Lunatic asylums Central Provinces reports 1886-1894 - 1886-1894
Year: 1886
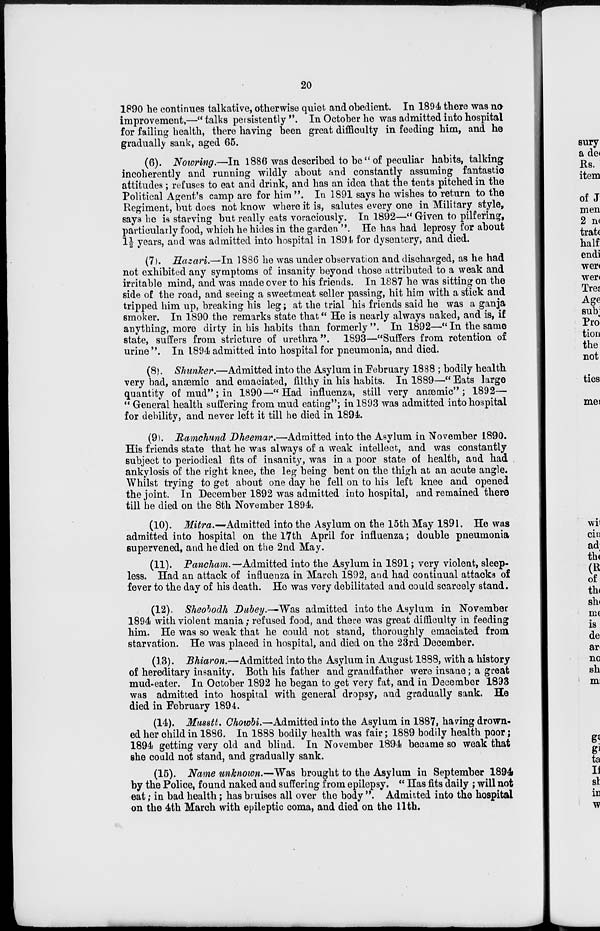
20
1890 he continues talkative, otherwise quiet and obedient. In 1894 there was no
improvement,—" talks persistently ". In October he was admitted into hospital
for failing health, there having been great difficulty in feeding him, and he
gradually sank, aged 65.
(6). Nowring.—In 1886 was described to be" of peculiar habits, talking
incoherently and running wildly about and constantly assuming fantastic
attitudes; refuses to eat and drink, and has an idea that the tents pitched in the
Political Agent's camp are for him ". In 1891 says he wishes to return to the
Regiment, but does not know where it is, salutes every one in Military style,
says he is starving but really eats voraciously. In 1892—" Given to pilfering,
particularly food, which he hides in the garden ". He has had leprosy for about
1½ years, and was admitted into hospital in 1894 for dysentery, and died.
(7). Hazari.—In 1886 he was under observation and discharged, as he had
not exhibited any symptoms of insanity beyond those attributed to a weak and
irritable mind, and was made over to his friends. In 1887 he was sitting on the
side of the road, and seeing a sweetmeat seller passing, hit him with a stick and
tripped him up, breaking his leg; at the trial his friends said he was a ganja
smoker. In 1890 the remarks state that" He is nearly always naked, and is, if
anything, more dirty in his habits than formerly". In 1892—"In the same
state, suffers from stricture of urethra ". 1893—"Suffers from retention of
urine ". In 1894 admitted into hospital for pneumonia, and died.
(8). Shunker.—Admitted into the Asylum in February 1888 ; bodily health
very bad, anæmic and emaciated, filthy in his habits. In 1889—"Eats large
quantity of mud"; in 1890—"Had influenza, still very anæmic"; 1892—
" General health suffering from mud eating"; in 1893 was admitted into hospital
for debility, and never left it till he died in 1894.
(9). Ramchund Dheemar.—Admitted into the Asylum in November 1890.
His friends state that he was always of a weak intellect, and was constantly
subject to periodical fits of insanity, was in a poor state of health, and had
ankylosis of the right knee, the leg being bent on the thigh at an acute angle.
Whilst trying to get about one day he fell on to his left knee and opened
the joint. In December 1892 was admitted into hospital, and remained there
till he died on the 8th November 1894.
(10). Mitra.—Admitted into the Asylum on the 15th May 1891. He was
admitted into hospital on the 17th April for influenza; double pneumonia
supervened, and he died on the 2nd May.
(11). Pancham. —Admitted into the Asylum in 1891; very violent, sleep-
less. Had an attack of influenza in March 1892, and had continual attacks of
fever to the day of his death. He was very debilitated and could scarcely stand.
(12). Sheobodh Dubey.—Was admitted into the Asylum in November
1894 with violent mania; refused food, and there was great difficulty in feeding
him. He was so weak that he could not stand, thoroughly emaciated from
starvation. He was placed in hospital, and died on the 23rd December.
(13). Bhiaron.—Admitted into the Asylum in August 1888, with a history
of hereditary insanity. Both his father and grandfather were insane; a great
mud-eater. In October 1892 he began to get very fat, and in December 1893
was admitted into hospital with general dropsy, and gradually sank. He
died in February 1894.
(14). Musstt. Chowbi—Admitted into the Asylum in 1887, having drown-
ed her child in 1886. In 1888 bodily health was fair; 1889 bodily health poor;
1894 getting very old and blind. In November 1894 became so weak that
she could not stand, and gradually sank.
(15). Name unknown.—Was brought to the Asylum in September 1894
by the Police, found naked and suffering from epilepsy. " Has fits daily ; will not
eat; in bad health; has bruises all over the body ". Admitted into the hospital
on the 4th March with epileptic coma, and died on the 11th.